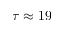
\tau \approx 1 9